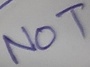
Text: NOT